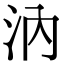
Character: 汭